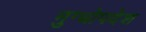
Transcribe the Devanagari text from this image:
मुग्धोपदेश